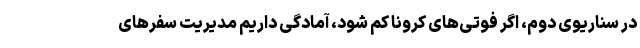
در سناریوی دوم، اگر فوتی‌های کرونا کم شود، آمادگی داریم مدیریت سفرهای